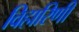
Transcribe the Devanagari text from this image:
विहारिणी